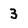
Character: 3